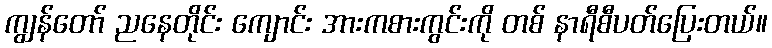
ကျွန်တော် ညနေတိုင်း ကျောင်း အားကစားကွင်းကို တစ် နာရီစီပတ်ပြေးတယ်။